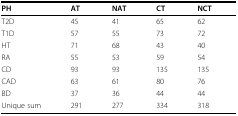
<table><thead><tr><td><b>PH</b></td><td><b>AT</b></td><td><b>NAT</b></td><td><b>CT</b></td><td><b>NCT</b></td></tr></thead><tbody><tr><td>T2D</td><td>45</td><td>41</td><td>65</td><td>62</td></tr><tr><td>T1D</td><td>57</td><td>55</td><td>73</td><td>72</td></tr><tr><td>HT</td><td>71</td><td>68</td><td>43</td><td>40</td></tr><tr><td>RA</td><td>55</td><td>53</td><td>59</td><td>54</td></tr><tr><td>CD</td><td>93</td><td>93</td><td>135</td><td>135</td></tr><tr><td>CAD</td><td>63</td><td>61</td><td>80</td><td>76</td></tr><tr><td>BD</td><td>37</td><td>36</td><td>44</td><td>44</td></tr><tr><td>Unique sum</td><td>291</td><td>277</td><td>334</td><td>318</td></tr></tbody></table>